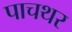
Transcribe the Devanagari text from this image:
पाचथर